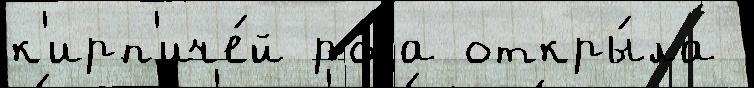
к'ирп'иче́й ро́да откры́ла